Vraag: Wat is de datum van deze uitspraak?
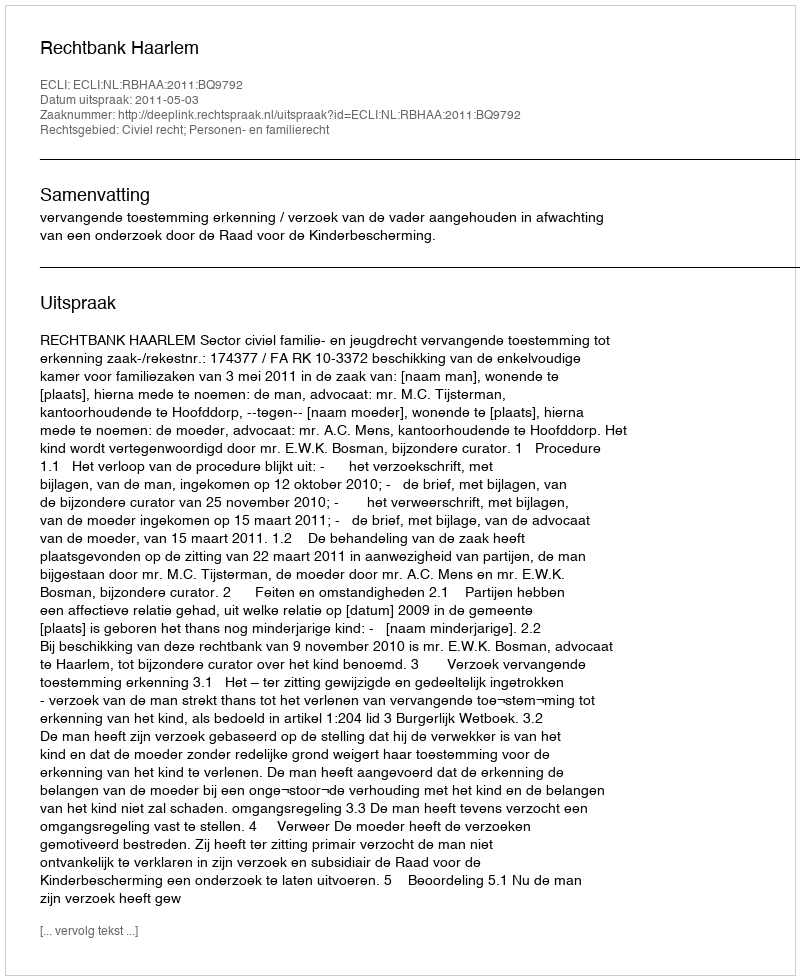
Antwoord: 2011-05-03